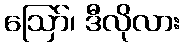
ဩော်၊ ဒီလိုလား